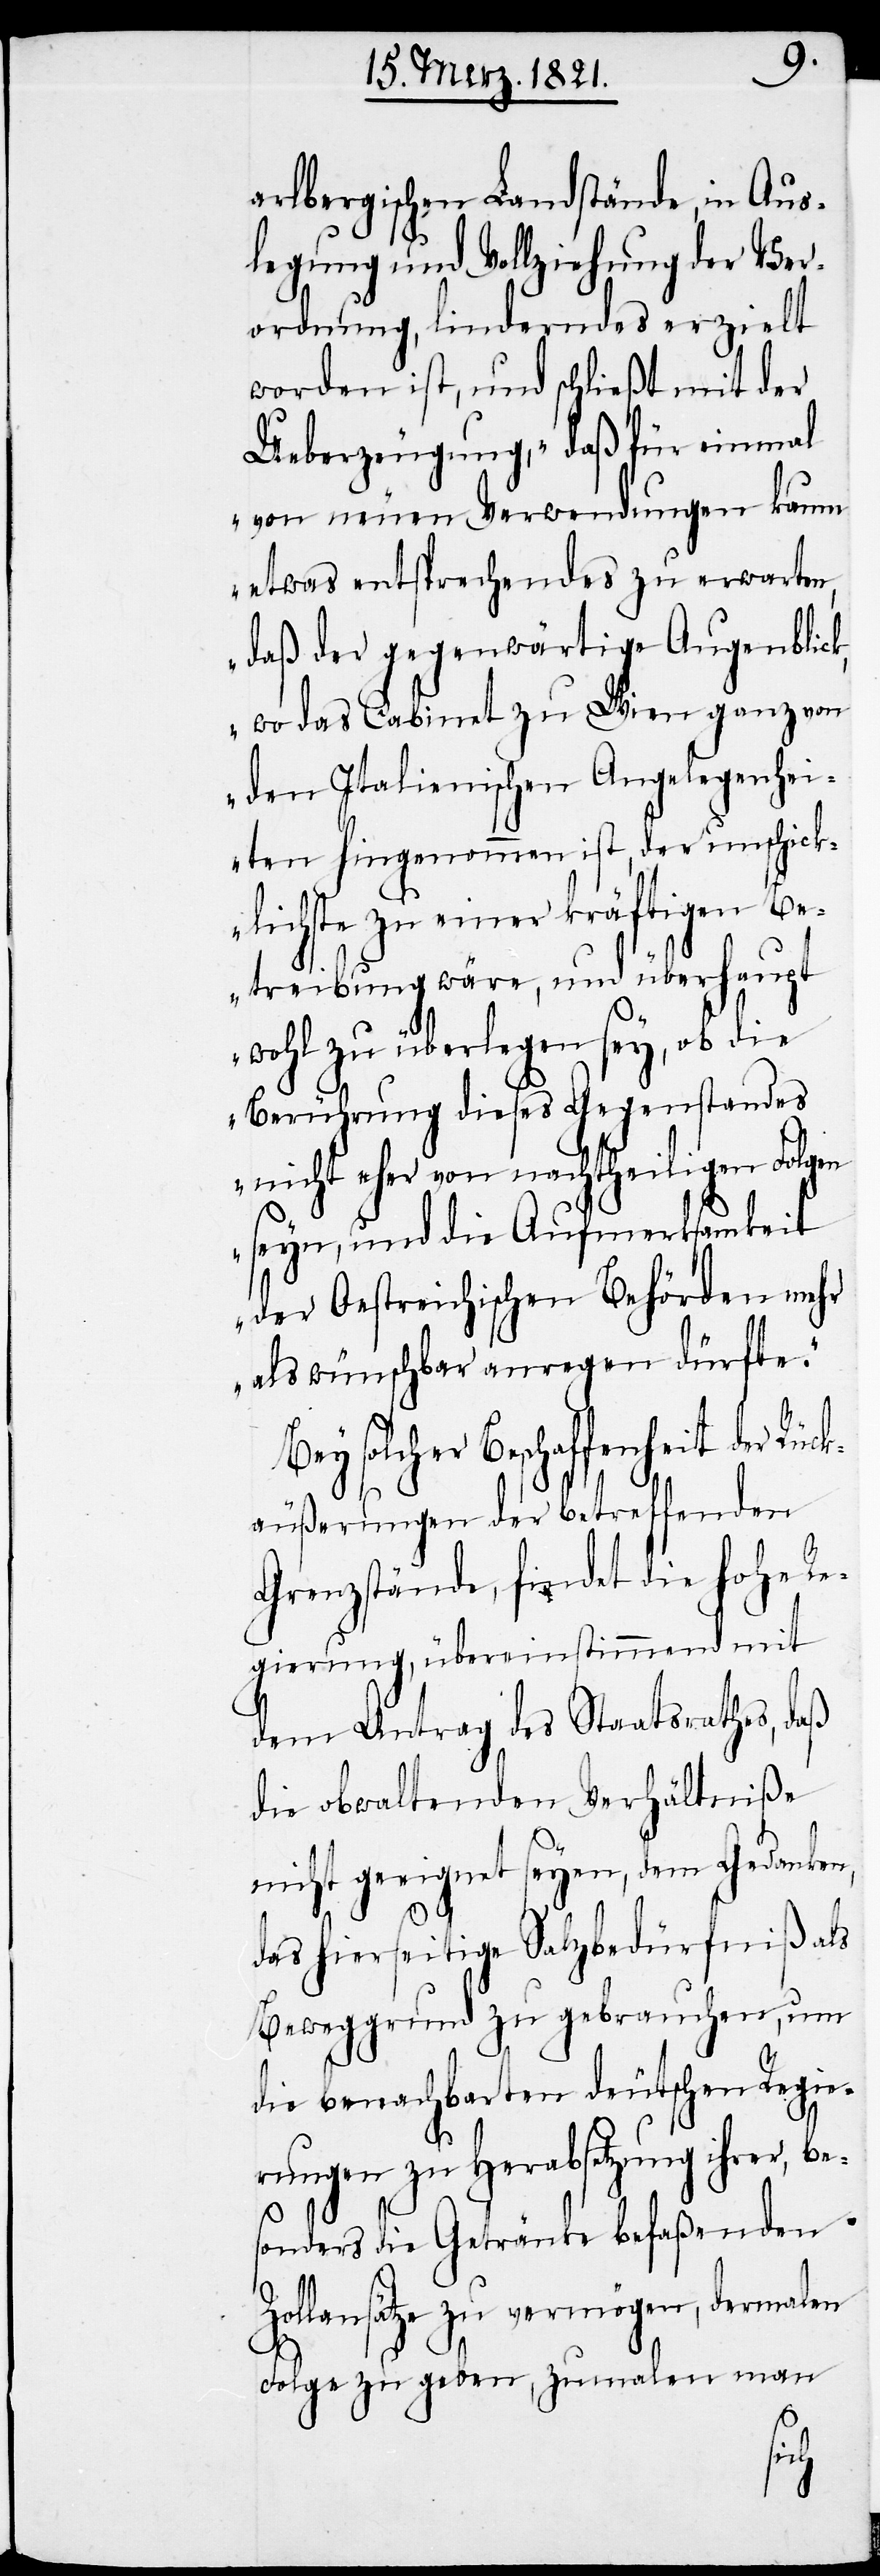
arlbergischen Landstände, in Aus¬
legung und Vollziehung der Ver¬
ordnung, linderndes erzielt
worden ist, und schließt mit der
Ueberzeugung, „daß für einmal
von neuen Verwendungen kaum
etwas entsprechendes zu erwarten,
daß der gegenwärtige Augenblic¬
k, wo das Cabinet zu Wien ganz von
den Italienischen Angelegenhei¬
ten hingenommen ist, der unschick¬
lichste zu einer kräftigen Be¬
treibung wäre, und überhaupt
wohl zu überlegen sey, ob die
Berührung dieses Gegenstandes
nicht eher von nachtheiligen Folgen
seyn, und die Aufmerksamkeit
der Oestreichischen Behörden mehr
als wünschbar anregen dürfte.“
Bey solcher Beschaffenheit der Rüc¬
käußerung der betreffenden
Grenzstände, findet die hohe Re¬
gierung, übereinstimmend mit
dem Antrag des Staatsrathes, daß
die obwaltenden Verhältniße
nicht geeignet seyen, dem Gedanken,
das hierseitige Salzbedürfniß als
Beweggrund zu gebrauchen, um
die benachbarten deutschen Regie¬
rungen zu Herabsetzung ihrer, b¬
sonders die Getränke befaßenden
Zollsätze zu vermögen, dermalen
Folge zu geben, zumalen man
e¬